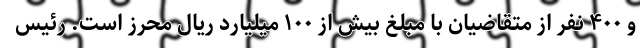
و ۴۰۰ نفر از متقاضیان با مبلغ بیش از ۱۰۰ میلیارد ریال محرز است. رئیس